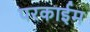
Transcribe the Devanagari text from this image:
परकाईम